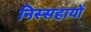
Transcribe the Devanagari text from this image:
निस्सहायों